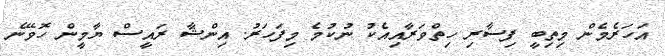
އަހަރެމެން މިތިބީ ފިސާރި ހިތްވަރާއިއެކު ނުކުމެ މިފަހަރު. އިންޝާ ރައީސް ޔާމީން ހޮވޭނެ